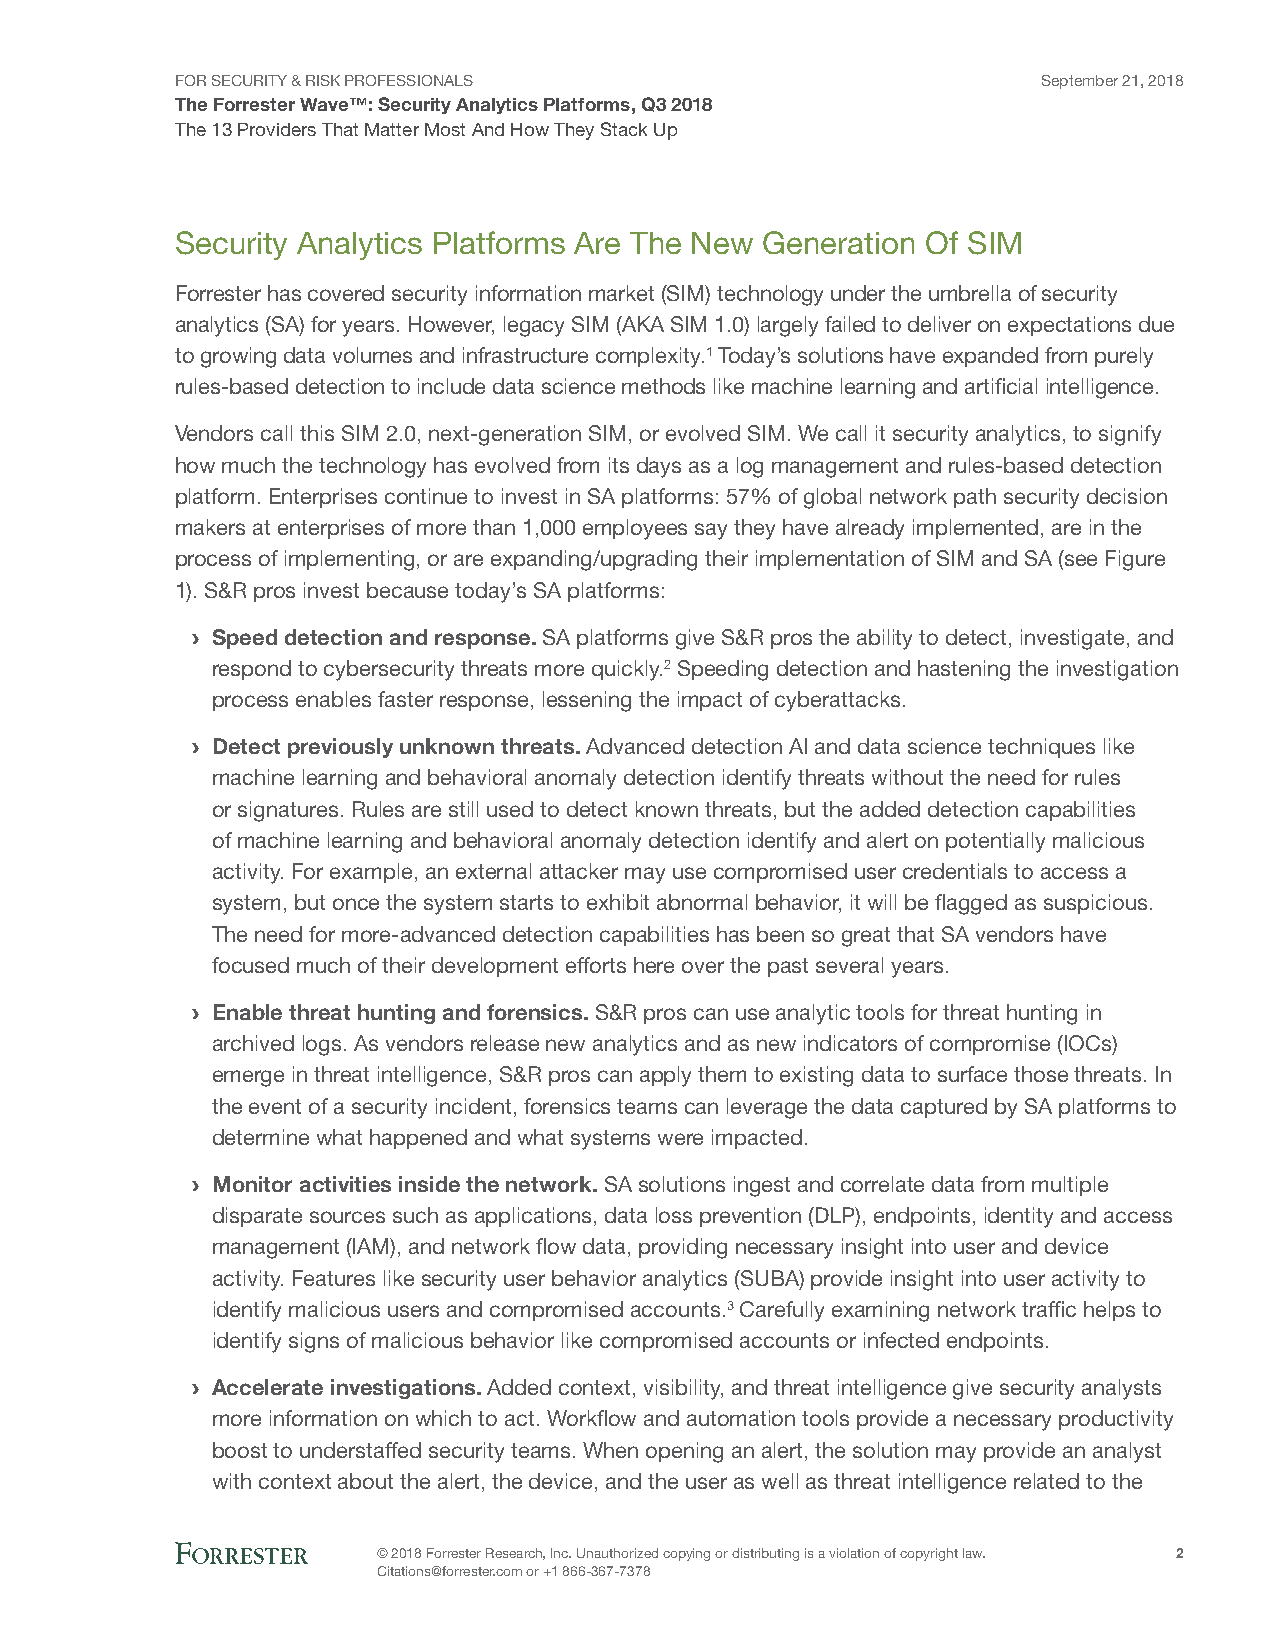
FOR SECURITY & RISK PROFESSIONALS                        September 21, 2018
 The Forrester Wave™: Security Analytics Platforms, Q3 2018
 The 13 Providers That Matter Most And How They Stack Up
 Security Analytics Platforms Are The New Generation Of SIM
 Forrester has covered security information market (SIM) technology under the umbrella of security
 analytics (SA) for years. However, legacy SIM (AKA SIM 1.0) largely failed to deliver on expectations due
 to growing data volumes and infrastructure complexity.1 Today’s solutions have expanded from purely
 rules-based detection to include data science methods like machine learning and artificial intelligence.
 Vendors call this SIM 2.0, next-generation SIM, or evolved SIM. We call it security analytics, to signify
 how much the technology has evolved from its days as a log management and rules-based detection
 platform. Enterprises continue to invest in SA platforms: 57% of global network path security decision
 makers at enterprises of more than 1,000 employees say they have already implemented, are in the
 process of implementing, or are expanding/upgrading their implementation of SIM and SA (see Figure
 1). S&R pros invest because today’s SA platforms:
 › Speed detection and response. SA platforms give S&R pros the ability to detect, investigate, and
 respond to cybersecurity threats more quickly.2 Speeding detection and hastening the investigation
 process enables faster response, lessening the impact of cyberattacks.
 › Detect previously unknown threats. Advanced detection AI and data science techniques like
 machine learning and behavioral anomaly detection identify threats without the need for rules
 or signatures. Rules are still used to detect known threats, but the added detection capabilities
 of machine learning and behavioral anomaly detection identify and alert on potentially malicious
 activity. For example, an external attacker may use compromised user credentials to access a
 system, but once the system starts to exhibit abnormal behavior, it will be flagged as suspicious.
 The need for more-advanced detection capabilities has been so great that SA vendors have
 focused much of their development efforts here over the past several years.
 › Enable threat hunting and forensics. S&R pros can use analytic tools for threat hunting in
 archived logs. As vendors release new analytics and as new indicators of compromise (IOCs)
 emerge in threat intelligence, S&R pros can apply them to existing data to surface those threats. In
 the event of a security incident, forensics teams can leverage the data captured by SA platforms to
 determine what happened and what systems were impacted.
 › Monitor activities inside the network. SA solutions ingest and correlate data from multiple
 disparate sources such as applications, data loss prevention (DLP), endpoints, identity and access
 management (IAM), and network flow data, providing necessary insight into user and device
 activity. Features like security user behavior analytics (SUBA) provide insight into user activity to
 identify malicious users and compromised accounts.3 Carefully examining network traffic helps to
 identify signs of malicious behavior like compromised accounts or infected endpoints.
 › Accelerate investigations. Added context, visibility, and threat intelligence give security analysts
 more information on which to act. Workflow and automation tools provide a necessary productivity
 boost to understaffed security teams. When opening an alert, the solution may provide an analyst
 with context about the alert, the device, and the user as well as threat intelligence related to the
 © 2018 Forrester Research, Inc. Unauthorized copying or distributing is a violation of copyright law. 2
 Citations@forrester.com or +1 866-367-7378